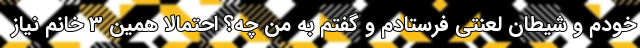
خودم و شیطان لعنتی فرستادم و گفتم به من چه؟ احتمالا همین 3 خانم نیاز